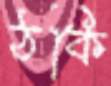
ঠকি